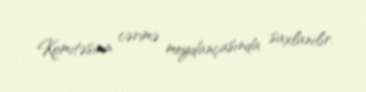
Komitəsinin cərimə meydançasında saxlanılır.